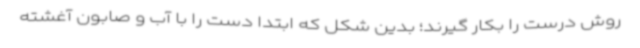
روش درست را بکار گیرند؛ بدین شکل که ابتدا دست را با آب و صابون آغشته